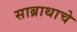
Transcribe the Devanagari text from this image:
साब्राथाचे